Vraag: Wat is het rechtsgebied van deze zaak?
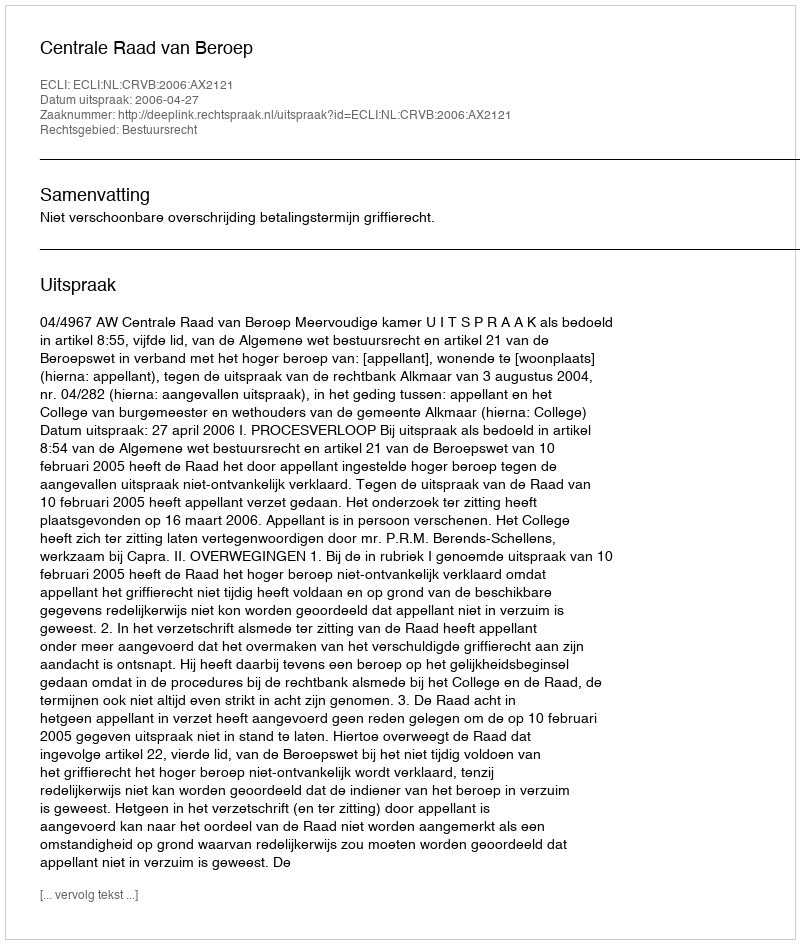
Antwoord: Bestuursrecht